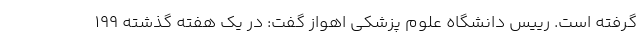
گرفته است. رییس دانشگاه علوم پزشکی اهواز گفت: در یک هفته گذشته ۱۹۹